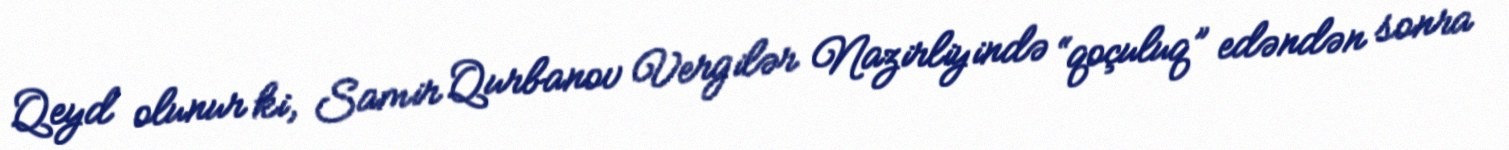
Qeyd olunur ki, Samir Qurbanov Vergilər Nazirliyində “qoçuluq” edəndən sonra